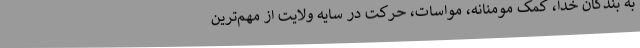
به بندگان خدا، کمک مومنانه، مواسات، حرکت در سایه ولایت از مهم‌ترین